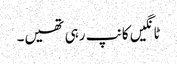
ٹانگیں کانپ رہی تھیں۔